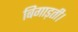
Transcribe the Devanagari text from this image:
बिगाड़ती।